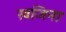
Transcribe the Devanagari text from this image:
खजिना